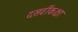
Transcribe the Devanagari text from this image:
दसवींकक्षा